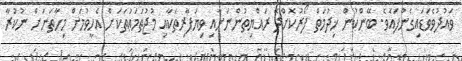
ވައުދުވެވަޑައިގެންފައެވެ. ބޭންކުން ޚިދުމަތް ފޯރުކޮށްދޭ ރައްޔިތުންނަށާއި ވިޔަފާރިތަކާއި މުޖުތަމަޢުތަކަށް އެހީވުމަށް މިހާތަނަށް ނުކުރާ